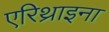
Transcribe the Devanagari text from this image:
एरिथ्राइना